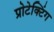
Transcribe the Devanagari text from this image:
प्रोटेक्टिंग